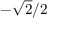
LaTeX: - { \sqrt { 2 } } / 2